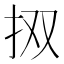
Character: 㧐